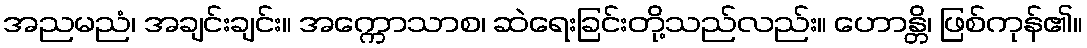
အညမညံ၊ အချင်းချင်း။ အက္ကောသာစ၊ ဆဲရေးခြင်းတို့သည်လည်း။ ဟောန္တိ၊ ဖြစ်ကုန်၏။